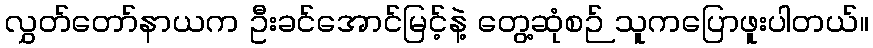
လွှတ်တော်နာယက ဦးခင်အောင်မြင့်နဲ့ တွေ့ဆုံစဉ် သူကပြောဖူးပါတယ်။